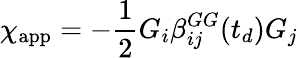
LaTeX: \chi_{\mathrm{app}}=-\frac{1}{2}G_{i}\beta_{ij}^{GG}(t_{d})G_{j}